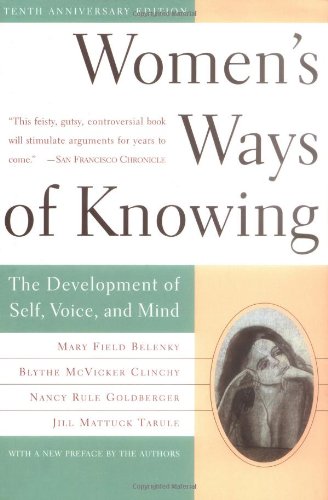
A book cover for Women's Ways of Knowing: The Development of Self, Voice, and Mind 10th Anniversary Edition; Mary Field Belenky; Politics & Social Sciences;